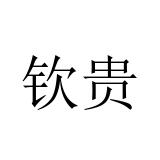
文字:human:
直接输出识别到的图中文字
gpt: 钦贵